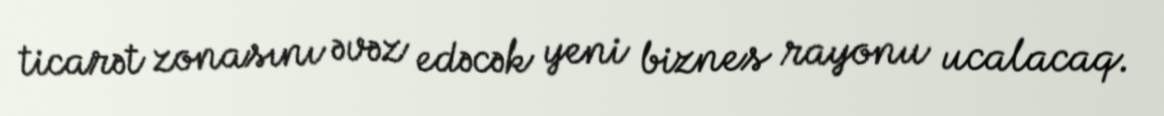
ticarət zonasını əvəz edəcək yeni biznes rayonu ucalacaq.